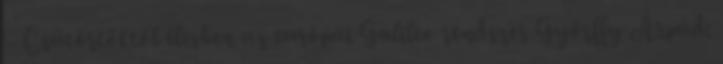
– Csütörtöktől élesben az európai Galileo rendszer Győrffy Árpád: